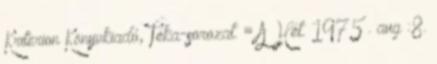
Kriterion Könyvkiadó, Téka-sorozat. = A Hét. 1975 . aug :8.